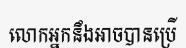
លោកអ្នកនឹងអាចបានប្រើ